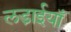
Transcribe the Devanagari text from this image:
लडा़ईयाँ